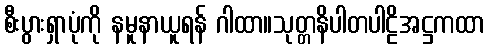
စီးပွားရှာပုံကို နမူနာယူရန် ဂါထာ။သုတ္တနိပါတပါဠိအဋ္ဌကထာ